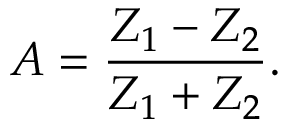
A = \frac { Z _ { 1 } - Z _ { 2 } } { Z _ { 1 } + Z _ { 2 } } .